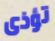
تؤذى